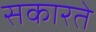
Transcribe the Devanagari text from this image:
सकारते